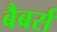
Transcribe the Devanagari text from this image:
बैबर्स